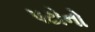
પટોનો